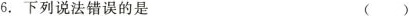
6.下列说法错误的是 ()